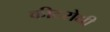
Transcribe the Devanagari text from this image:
कीटरोधी